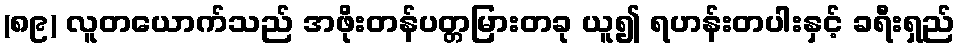
(၈၉) လူတယောက်သည် အဖိုးတန်ပတ္တမြားတခု ယူ၍ ရဟန်းတပါးနှင့် ခရီးရှည်